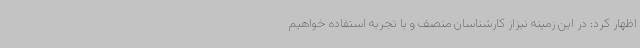
اظهار کرد: در این زمینه نیزاز کارشناسان منصف و با تجربه استفاده خواهیم